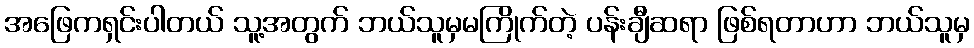
အဖြေကရှင်းပါတယ် သူ့အတွက် ဘယ်သူမှမကြိုက်တဲ့ ပန်းချီဆရာ ဖြစ်ရတာဟာ ဘယ်သူမှ